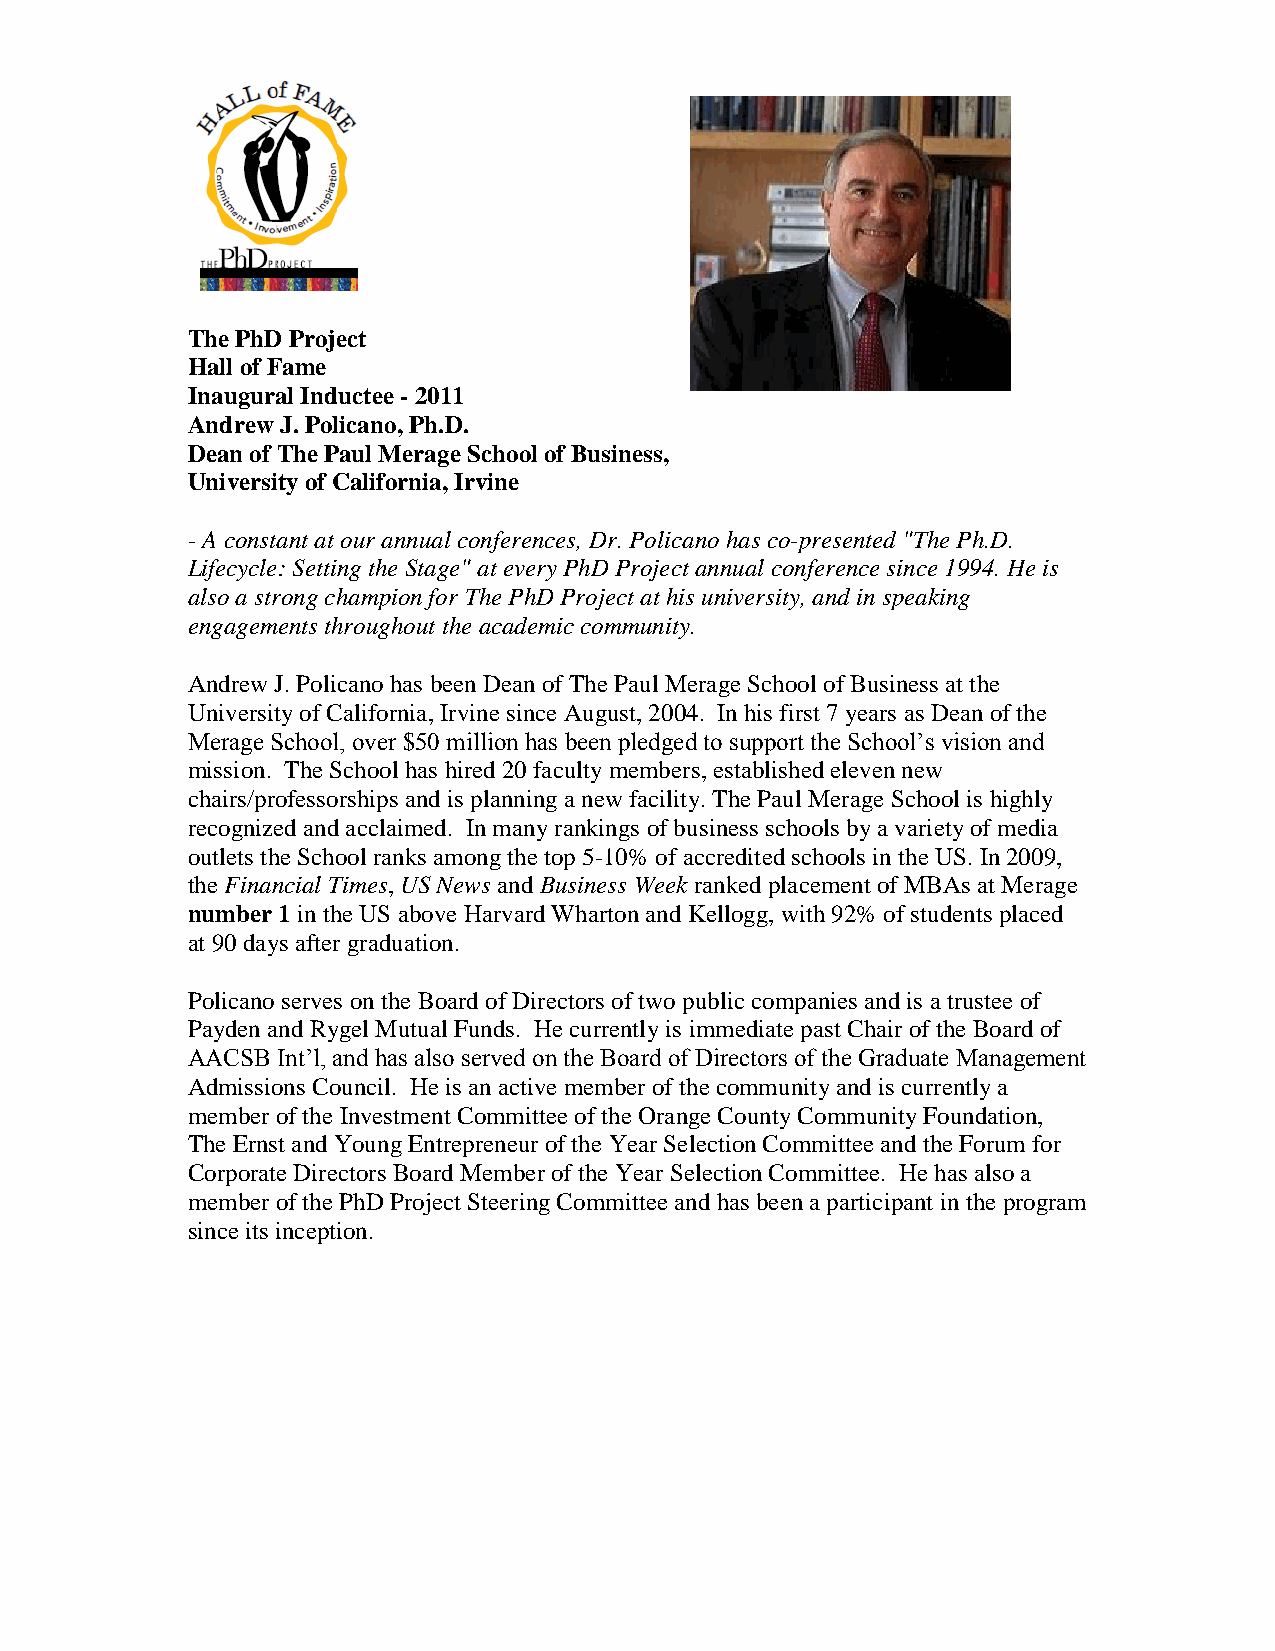
The PhD Project
 Hall of Fame
 Inaugural Inductee - 2011
 Andrew J. Policano, Ph.D.
 Dean of The Paul Merage School of Business,
 University of California, Irvine
 - A constant at our annual conferences, Dr. Policano has co-presented "The Ph.D.
 Lifecycle: Setting the Stage" at every PhD Project annual conference since 1994. He is
 also a strong champion for The PhD Project at his university, and in speaking
 engagements throughout the academic community.
 Andrew J. Policano has been Dean of The Paul Merage School of Business at the
 University of California, Irvine since August, 2004. In his first 7 years as Dean of the
 Merage School, over $50 million has been pledged to support the School’s vision and
 mission. The School has hired 20 faculty members, established eleven new
 chairs/professorships and is planning a new facility. The Paul Merage School is highly
 recognized and acclaimed. In many rankings of business schools by a variety of media
 outlets the School ranks among the top 5-10% of accredited schools in the US. In 2009,
 the Financial Times, US News and Business Week ranked placement of MBAs at Merage
 number 1 in the US above Harvard Wharton and Kellogg, with 92% of students placed
 at 90 days after graduation.
 Policano serves on the Board of Directors of two public companies and is a trustee of
 Payden and Rygel Mutual Funds. He currently is immediate past Chair of the Board of
 AACSB Int’l, and has also served on the Board of Directors of the Graduate Management
 Admissions Council. He is an active member of the community and is currently a
 member of the Investment Committee of the Orange County Community Foundation,
 The Ernst and Young Entrepreneur of the Year Selection Committee and the Forum for
 Corporate Directors Board Member of the Year Selection Committee. He has also a
 member of the PhD Project Steering Committee and has been a participant in the program
 since its inception.